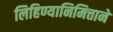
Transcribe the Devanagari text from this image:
लिहिण्यानिमित्ताने